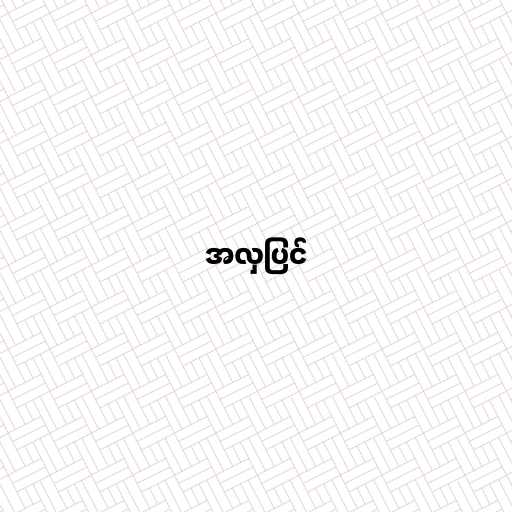
အလှပြင်